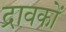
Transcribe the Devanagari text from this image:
द्रावकों